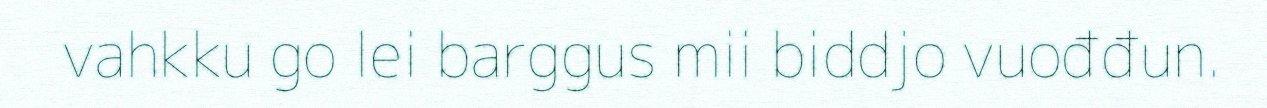
vahkku go lei barggus mii biddjo vuođđun.